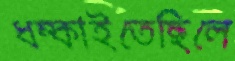
ধম্‌কাইতেছিলে